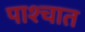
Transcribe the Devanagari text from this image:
पाश्‍चात